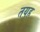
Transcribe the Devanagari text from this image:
तयह